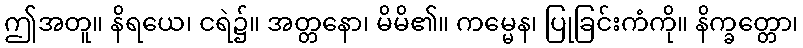
ဤအတူ။ နိရယေ၊ ငရဲ၌။ အတ္တနော၊ မိမိ၏။ ကမ္မေန၊ ပြုခြင်းကံကို။ နိက္ခတ္တော၊